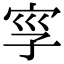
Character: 𡥜